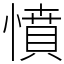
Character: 憤